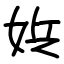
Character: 娦